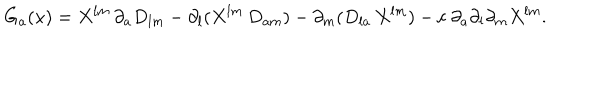
{ G } _ { a } ( x ) = X ^ { l m } \, \partial _ { a } D _ { l m } - \partial _ { l } ( X ^ { l m } \, D _ { a m } ) - \partial _ { m } ( D _ { l a } \, X ^ { l m } ) - c ~ \partial _ { a } \partial _ { l } \partial _ { m } X ^ { l m } .